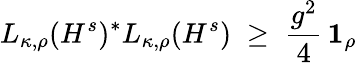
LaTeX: L_{\kappa,\rho}(H^{s})^{*}L_{\kappa,\rho}(H^{s})\; \geq\; \frac{g^{2}}{4}\, \boldsymbol{1}_{\rho}